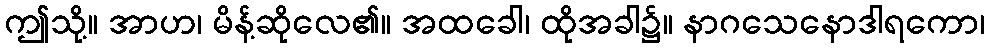
ဤသို့။ အာဟ၊ မိန့်ဆိုလေ၏။ အထခေါ၊ ထိုအခါ၌။ နာဂသေနောဒါရကော၊